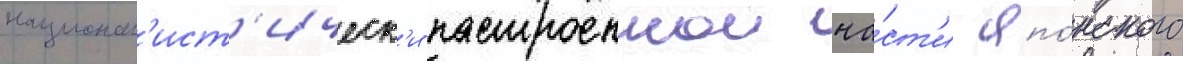
национал'ист'ическ'и настроеннои ча́ст'и япо́нского